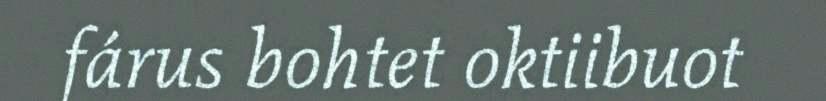
fárus bohtet oktiibuot